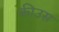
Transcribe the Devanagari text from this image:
कीउस